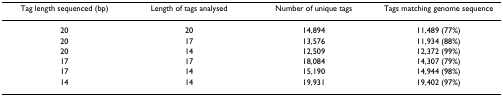
<table><thead><tr><td><b>Tag length sequenced (bp)</b></td><td><b>Length of tags analysed</b></td><td><b>Number of unique tags</b></td><td><b>Tags matching genome sequence</b></td></tr></thead><tbody><tr><td>20</td><td>20</td><td>14,894</td><td>11,489 (77%)</td></tr><tr><td>20</td><td>17</td><td>13,576</td><td>11,934 (88%)</td></tr><tr><td>20</td><td>14</td><td>12,509</td><td>12,372 (99%)</td></tr><tr><td>17</td><td>17</td><td>18,084</td><td>14,307 (79%)</td></tr><tr><td>17</td><td>14</td><td>15,190</td><td>14,944 (98%)</td></tr><tr><td>14</td><td>14</td><td>19,931</td><td>19,402 (97%)</td></tr></tbody></table>